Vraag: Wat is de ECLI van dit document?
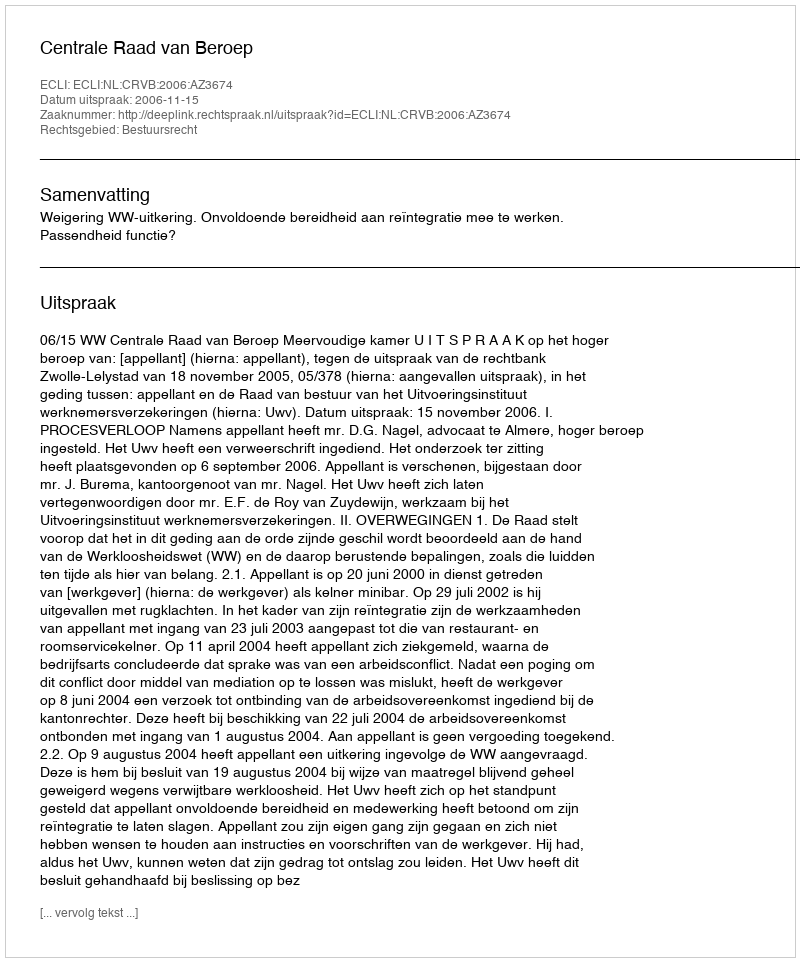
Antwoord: ECLI:NL:CRVB:2006:AZ3674